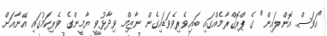
"އަވަސް އޮންލައިން" ގެ ޕްރޮގްރާމެއްގައި ބައިވެރިވެވަޑައިގެން ނާޒިމް ވިދާޅުވީ ޔާމީންގެ ވެރިކަމުގައި އޭނާއަށް